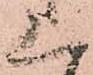
上